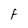
Character: F